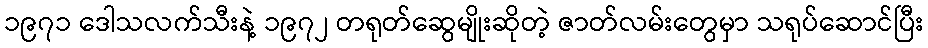
၁၉၇၁ ဒေါသလက်သီးနဲ့ ၁၉၇၂ တရုတ်ဆွေမျိုးဆိုတဲ့ ဇာတ်လမ်းတွေမှာ သရုပ်ဆောင်ပြီး